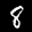
Label: 8